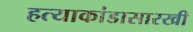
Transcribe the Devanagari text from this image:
हत्याकांडासारखी